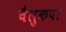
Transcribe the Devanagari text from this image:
चैलुकपा